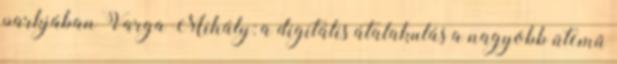
parkjában Varga Mihály: a digitális átalakulás a nagyobb ütemű